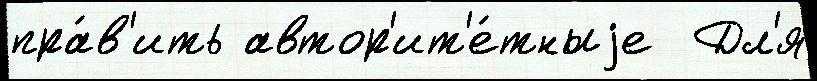
пра́в'ить автор'ит'е́тныjе  Дл'я